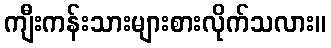
ကျီးကန်းသားများစားလိုက်သလား။